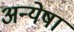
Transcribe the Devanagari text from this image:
अन्येषां